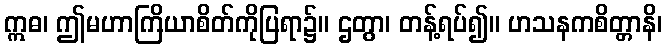
ဣဓ၊ ဤမဟာကြိယာစိတ်ကိုပြရာ၌။ ဌတွာ၊ တန့်ရပ်၍။ ဟသနကစိတ္တာနိ၊